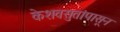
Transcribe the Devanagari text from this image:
केशवसुतांपासून